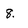
Character: 8